Civil Veterinary Department. Central Provinces & Berar 1932-41 - 1932-1941
Year: 1932
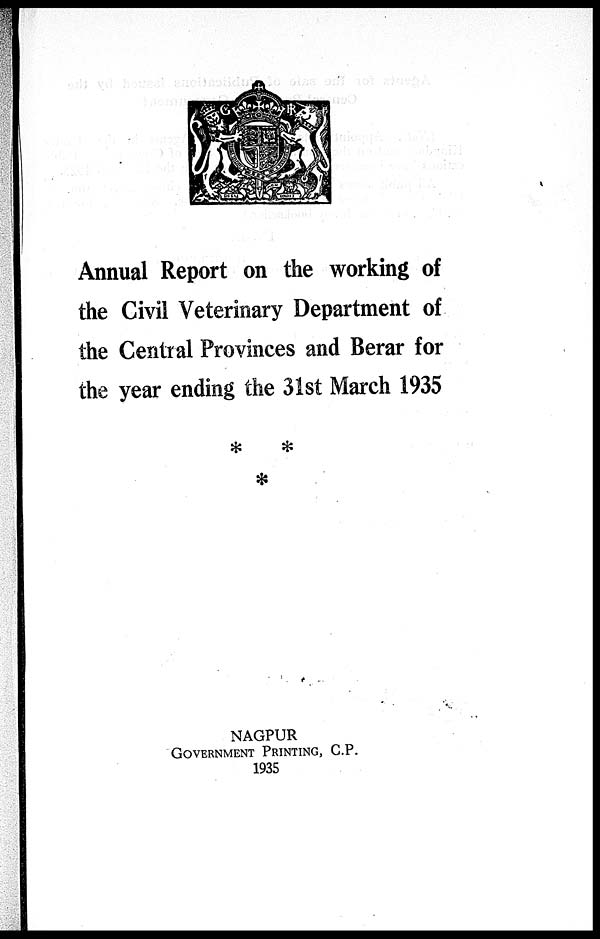
Annual Report on the working of
the Civil Veterinary Department of
the Central Provinces and Berar for
the year ending the 31st March 1935
NAGPUR
GOVERNMENT PRINTING, C.P.
1935